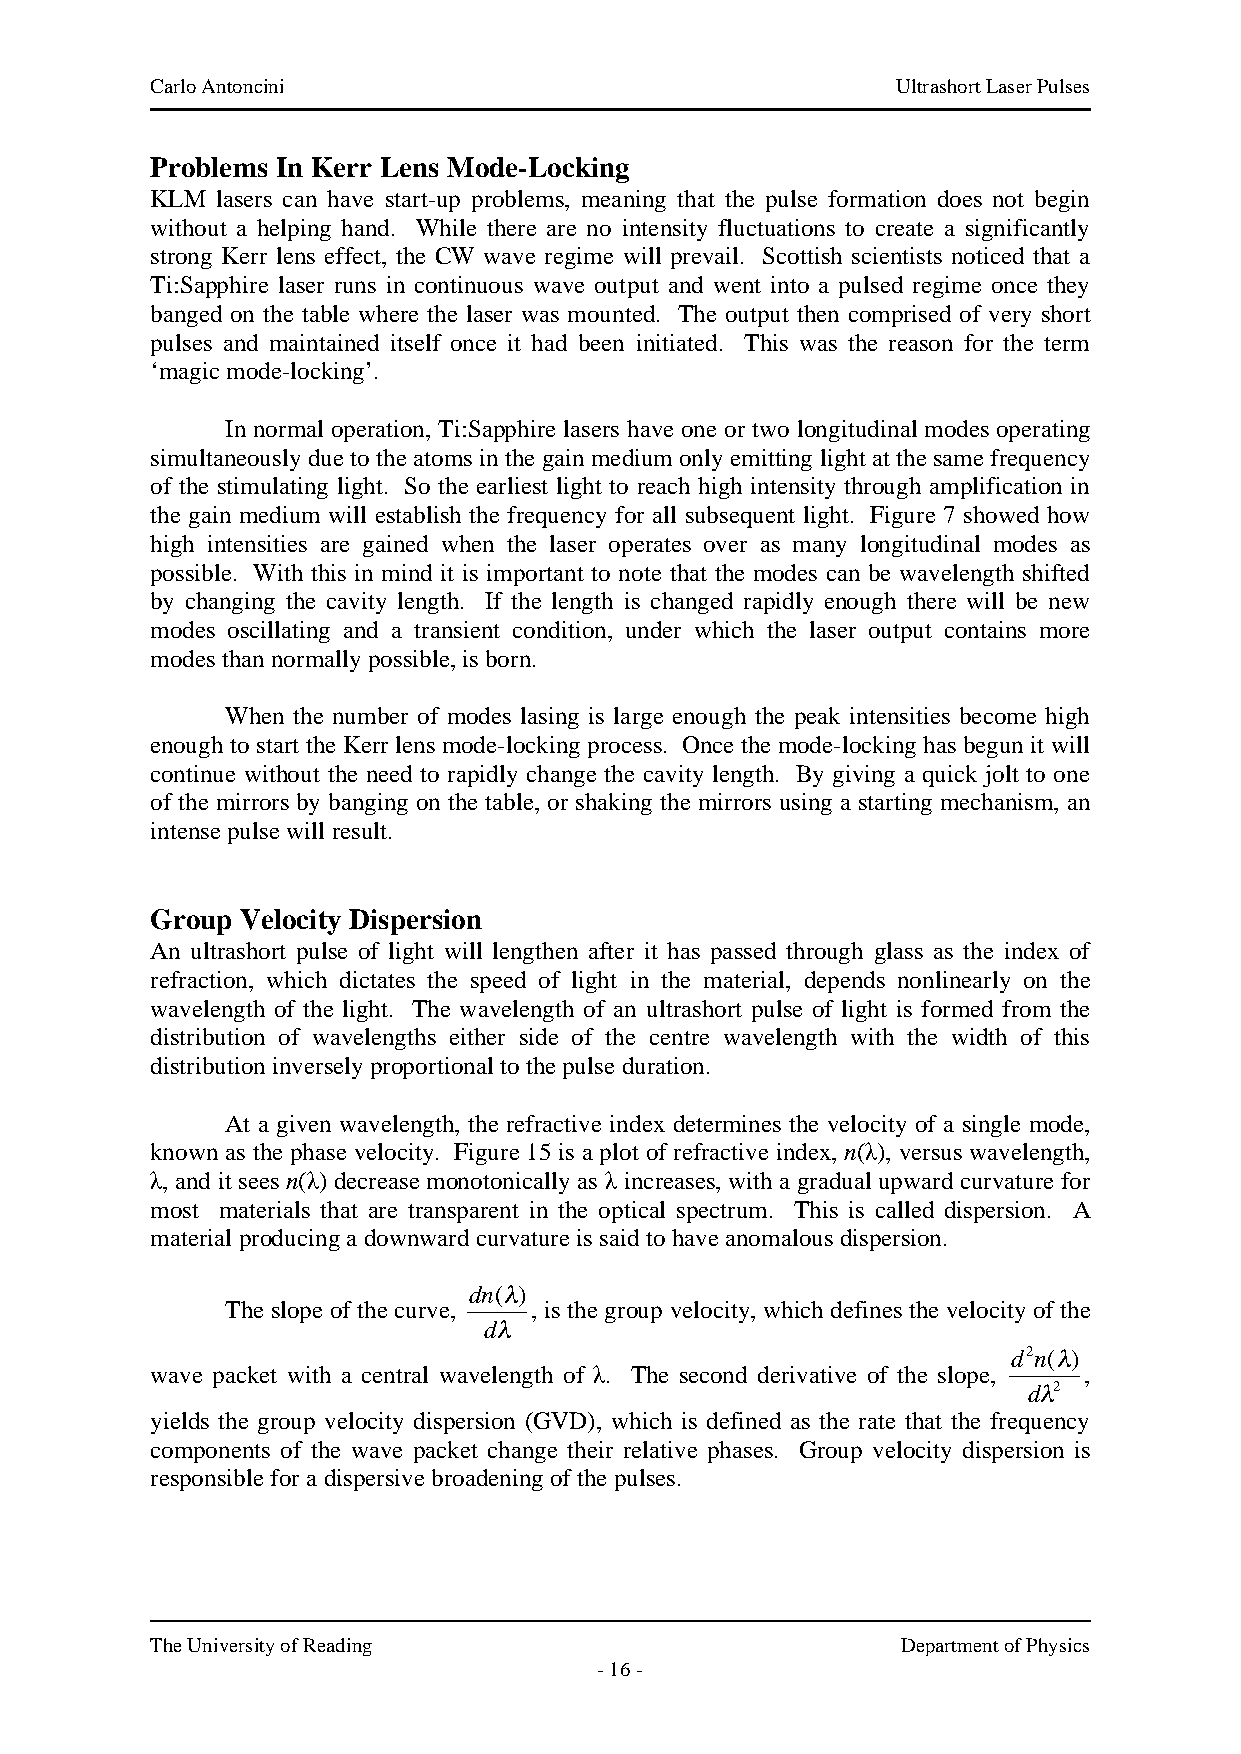
Carlo Antoncini                                  Ultrashort Laser Pulses
 Problems In Kerr Lens Mode-Locking
 KLM lasers can have start-up problems, meaning that the pulse formation does not begin
 without a helping hand. While there are no intensity fluctuations to create a significantly
 strong Kerr lens effect, the CW wave regime will prevail. Scottish scientists noticed that a
 Ti:Sapphire laser runs in continuous wave output and went into a pulsed regime once they
 banged on the table where the laser was mounted. The output then comprised of very short
 pulses and maintained itself once it had been initiated. This was the reason for the term
 ‘magic mode-locking’.
 In normal operation, Ti:Sapphire lasers have one or two longitudinal modes operating
 simultaneously due to the atoms in the gain medium only emitting light at the same frequency
 of the stimulating light. So the earliest light to reach high intensity through amplification in
 the gain medium will establish the frequency for all subsequent light. Figure 7 showed how
 high intensities are gained when the laser operates over as many longitudinal modes as
 possible. With this in mind it is important to note that the modes can be wavelength shifted
 by changing the cavity length. If the length is changed rapidly enough there will be new
 modes oscillating and a transient condition, under which the laser output contains more
 modes than normally possible, is born.
 When the number of modes lasing is large enough the peak intensities become high
 enough to start the Kerr lens mode-locking process. Once the mode-locking has begun it will
 continue without the need to rapidly change the cavity length. By giving a quick jolt to one
 of the mirrors by banging on the table, or shaking the mirrors using a starting mechanism, an
 intense pulse will result.
 Group Velocity Dispersion
 An ultrashort pulse of light will lengthen after it has passed through glass as the index of
 refraction, which dictates the speed of light in the material, depends nonlinearly on the
 wavelength of the light. The wavelength of an ultrashort pulse of light is formed from the
 distribution of wavelengths either side of the centre wavelength with the width of this
 distribution inversely proportional to the pulse duration.
 At a given wavelength, the refractive index determines the velocity of a single mode,
 known as the phase velocity. Figure 15 is a plot of refractive index, n(λ), versus wavelength,
 λ, and it sees n(λ) decrease monotonically as λ increases, with a gradual upward curvature for
 most materials that are transparent in the optical spectrum. This is called dispersion. A
 material producing a downward curvature is said to have anomalous dispersion.
 dn(")
 The slope of the curve, , is the group velocity, which defines the velocity of the
 d"
 d2n(")
 wave packet with a central wavelength of λ. The second derivative of the slope, ,
 d"2
 yields the group velocity dispersion (GVD), which is defined as the rate that the frequency
 !
 components of the wave packet change their relative phases. Group velocity dispersion is
 responsible for a dispersive broadening of the pulses.
 !
 The University of Reading                         Department of Physics
 - 16 -